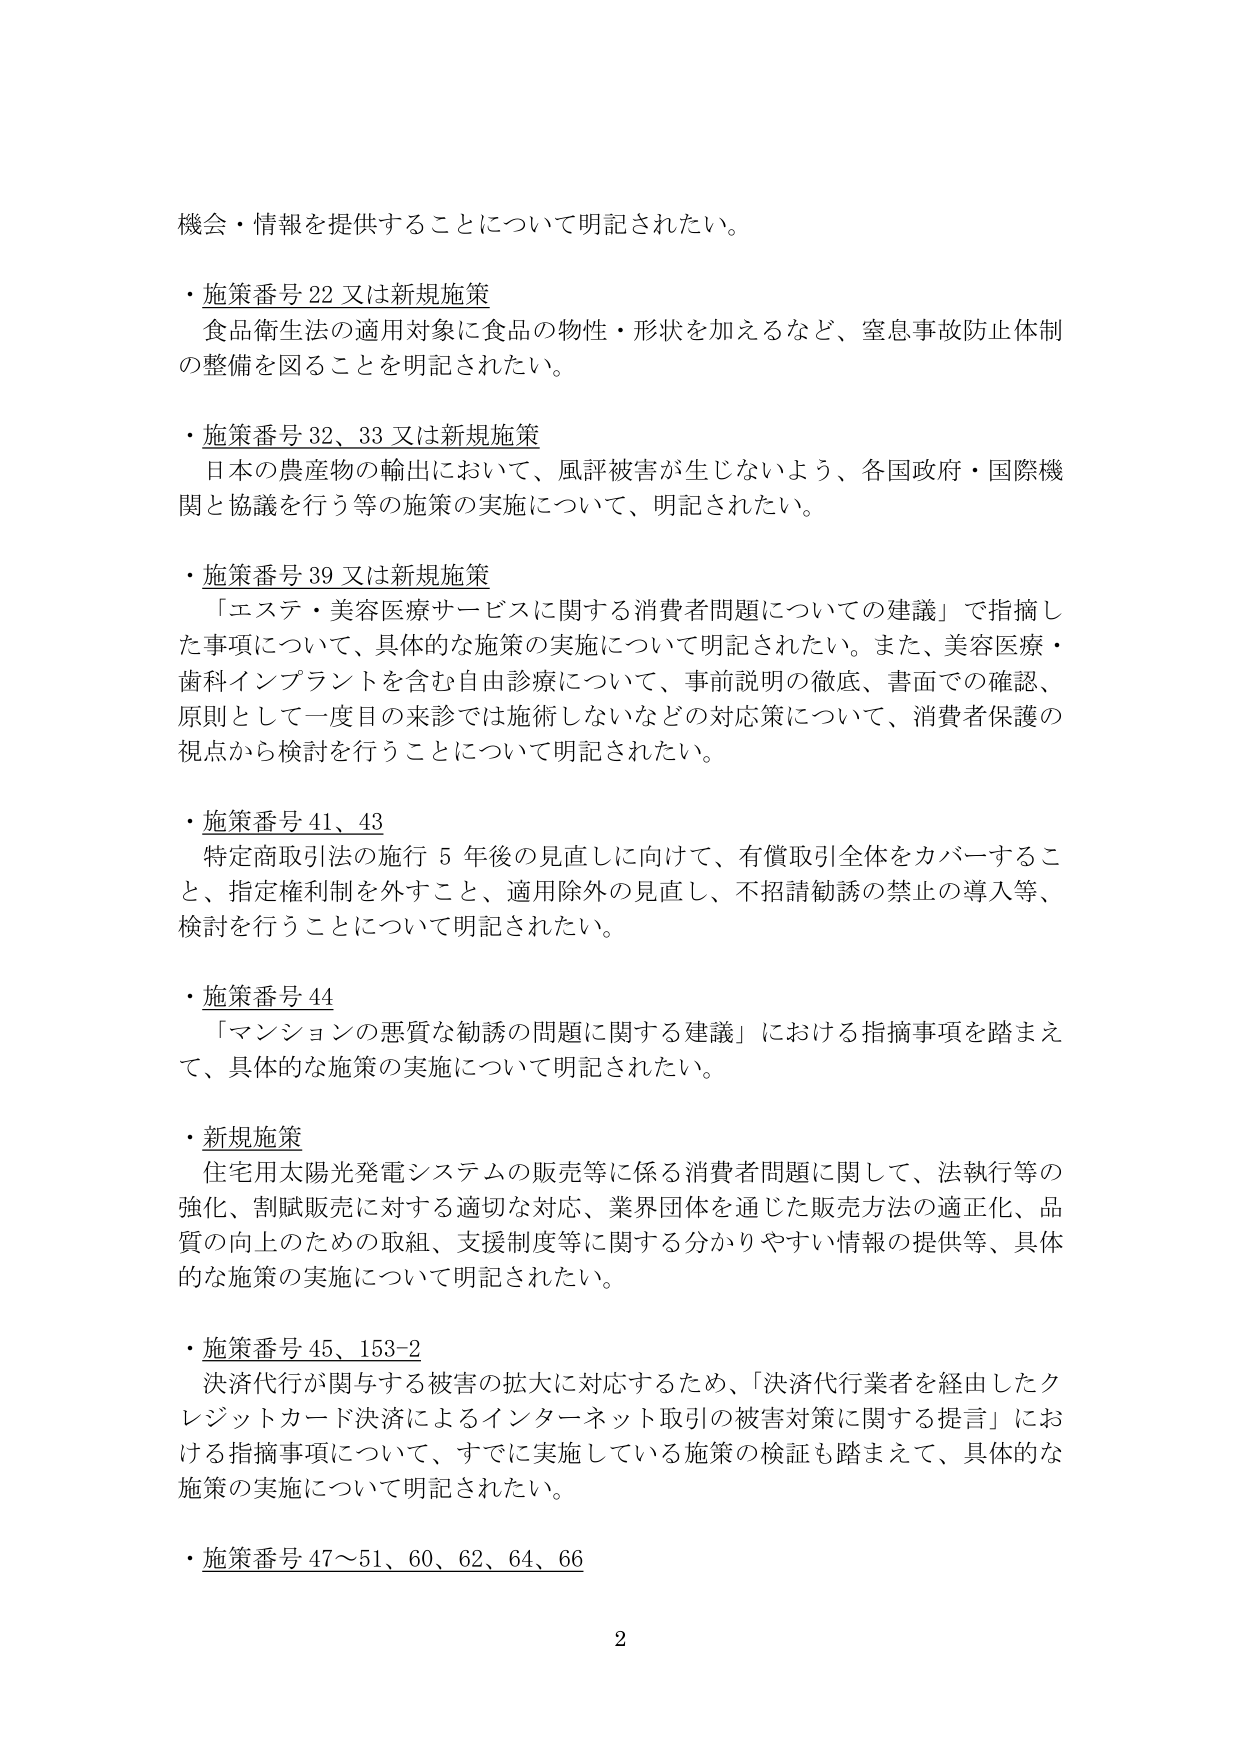
機会・情報を提供することについて明記されたい。

・施策番号 22 又は新規施策
食品衛生法の適用対象に食品の物性・形状を加えるなど、窒息事故防止体制の整備を図ることを明記されたい。

・施策番号 32、33 又は新規施策
日本の農産物の輸出において、風評被害が生じないよう、各国政府・国際機関と協議を行う等の施策の実施について、明記されたい。

・施策番号 39 又は新規施策
「エステ・美容医療サービスに関する消費者問題についての建議」で指摘した事項について、具体的な施策の実施について明記されたい。また、美容医療・歯科インプラントを含む自由診療について、事前説明の徹底、書面での確認、原則として一度目の来診では施術しないなどの対応策について、消費者保護の視点から検討を行うことについて明記されたい。

・施策番号 41、43
特定商取引法の施行 5 年後の見直しに向けて、有償取引全体をカバーすること、指定権利制を外すこと、適用除外の見直し、不招請勧誘の禁止の導入等、検討を行うことについて明記されたい。

・施策番号 44
「マンションの悪質な勧誘の問題に関する建議」における指摘事項を踏まえて、具体的な施策の実施について明記されたい。

・新規施策
住宅用太陽光発電システムの販売等に係る消費者問題に関して、法執行等の強化、割賦販売に対する適切な対応、業界団体を通じた販売方法の適正化、品質の向上のための取組、支援制度等に関する分かりやすい情報の提供等、具体的な施策の実施について明記されたい。

・施策番号 45、153-2
決済代行が関与する被害の拡大に対応するため、「決済代行業者を経由したクレジットカード決済によるインターネット取引の被害対策に関する提言」における指摘事項について、すでに実施している施策の検証も踏まえて、具体的な施策の実施について明記されたい。

・施策番号 47～51、60、62、64、66

2